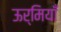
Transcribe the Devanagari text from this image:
ऊर्मियाँ